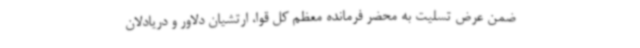
ضمن عرض تسلیت به محضر فرمانده معظم کل قوا، ارتشیان دلاور و دریادلان